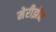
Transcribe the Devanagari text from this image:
मेरीझॅन